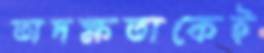
অদক্ষতাকেই